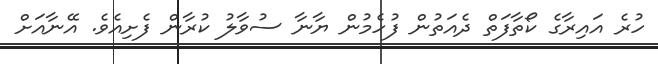
ހުރެ އައިރާގެ ކޯތާފަތް ދެއަތުން ފުހެމުން ޔާނާ ސުވާލު ކުރާން ފެށިއެވެ. އޭނާއަށް